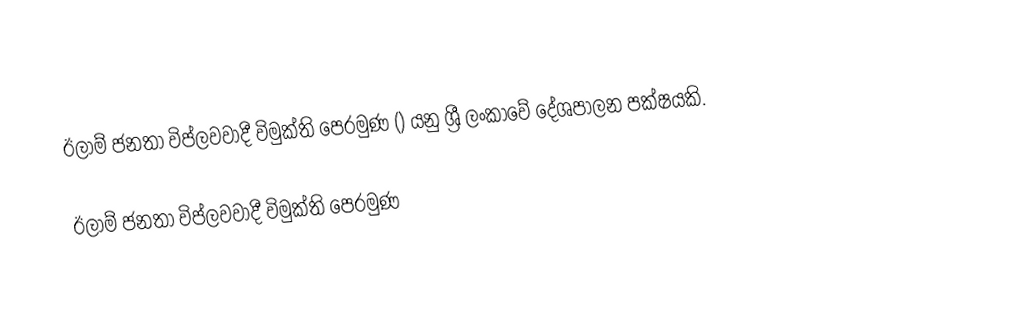
ඊලාම් ජනතා විප්ලවවාදී විමුක්ති පෙරමුණ () යනු ශ්‍රී ලංකාවේ දේශපාලන පක්ෂයකි.

ඊලාම් ජනතා විප්ලවවාදී විමුක්ති පෙරමුණ